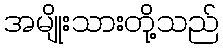
အမျိုးသားတို့သည်